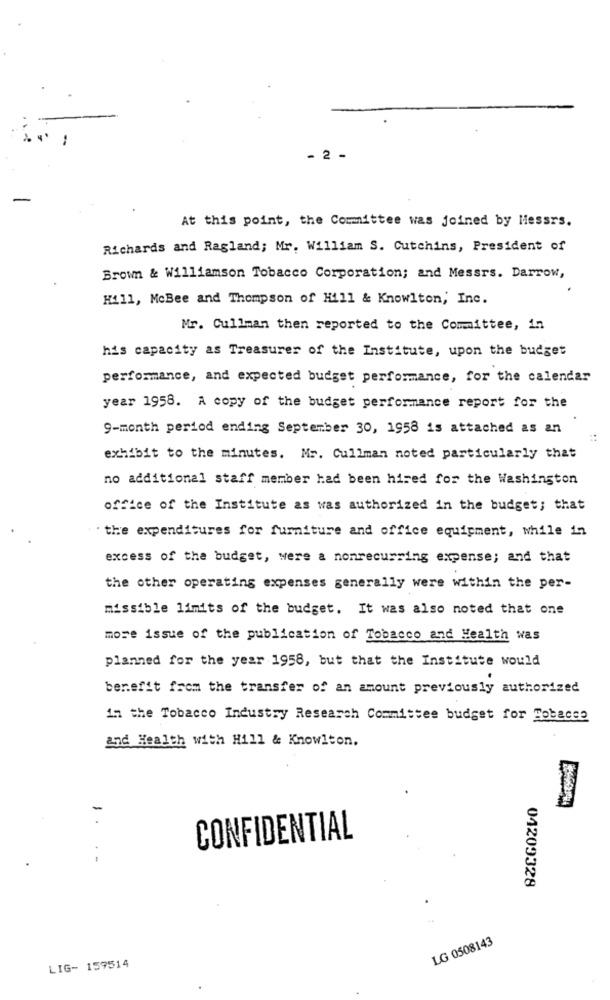
- 2 -
At this point, the Committee was joined by Messrs.
Richards and Ragland; Mr. William S. Cutchins, President of
Brown & Williamson Tobacco Corporation; and Messrs. Darrow,
Hill, McBee and Thompson of Hill & Knowlton, Inc.
Mr. Cullman then reported to the Committee, in
his capacity as Treasurer of the Institute, upon the budget
performance, and expected budget performance, for the calendar
year 1958. A copy of the budget performance report for the
9-month period ending September 30, 1958 is attached as an
exhibit to the minutes. Mr. Cullman noted particularly that
no additional staff member had been hired for the Washington
office of the Institute as was authorized in the budget; that
the expenditures for furniture and office equipment, while in
excess of the budget, were a nonrecurring expense; and that
the other operating expenses generally were within the per-
missible limits of the budget. It was also noted that one
more issue of the publication of Tobacco and Health was
planned for the year 1958, but that the Institute would
benefit from the transfer of an amount previously authorized
in the Tobacco Industry Research Committee budget for Bobacce
and Health with Hill & Knowlton.
-
CONFIDENTIAL
04209328
LG 0508143
LIG- 159514